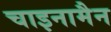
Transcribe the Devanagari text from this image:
चाइनामैन